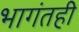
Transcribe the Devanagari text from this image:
भागंतही